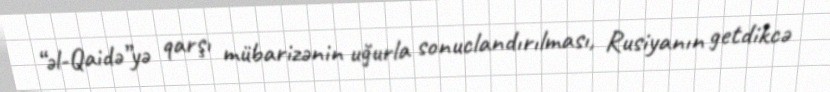
“əl-Qaidə”yə qarşı mübarizənin uğurla sonuclandırılması, Rusiyanın getdikcə